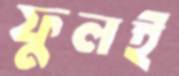
ফুলই